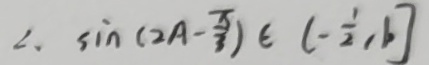
\sin ( 2 A - \frac { \pi } { 3 } ) \in ( - \frac { 1 } { 2 } , b